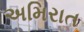
અમિરાત